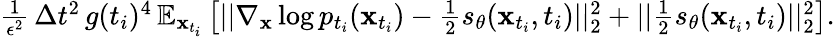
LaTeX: \begin{array}{r}{\frac{1}{\epsilon^{2}}\, \Delta t^{2}\, g(t_{i})^{4}\, \mathbb{E}_{\mathbf{x}_{t_{i}}}\left[||\nabla_{\mathbf{x}}\log p_{t_{i}}(\mathbf{x}_{t_{i}})-\frac{1}{2}s_{\theta}(\mathbf{x}_{t_{i}},t_{i})||_{2}^{2}+||\frac{1}{2}s_{\theta}(\mathbf{x}_{t_{i}},t_{i})||_{2}^{2}\right].}\end{array}